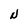
Character: N